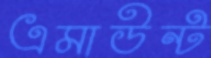
এমাউন্ট